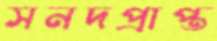
সনদপ্রাপ্ত